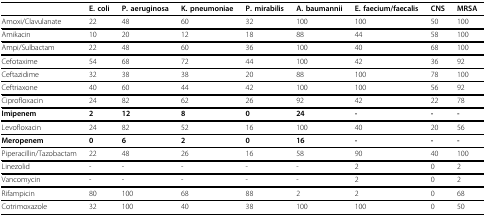
<table><thead><tr><td></td><td><b>E. coli</b></td><td><b>P. aeruginosa</b></td><td><b>K. pneumoniae</b></td><td><b>P. mirabilis</b></td><td><b>A. baumannii</b></td><td><b>E. faecium/faecalis</b></td><td><b>CNS</b></td><td><b>MRSA</b></td></tr></thead><tbody><tr><td>Amoxi/Clavulanate</td><td>22</td><td>48</td><td>60</td><td>32</td><td>100</td><td>100</td><td>50</td><td>100</td></tr><tr><td>Amikacin</td><td>10</td><td>20</td><td>12</td><td>18</td><td>88</td><td>44</td><td>58</td><td>100</td></tr><tr><td>Ampi/Sulbactam</td><td>22</td><td>48</td><td>60</td><td>36</td><td>100</td><td>40</td><td>68</td><td>100</td></tr><tr><td>Cefotaxime</td><td>54</td><td>68</td><td>72</td><td>44</td><td>100</td><td>42</td><td>36</td><td>92</td></tr><tr><td>Ceftazidime</td><td>32</td><td>38</td><td>38</td><td>20</td><td>88</td><td>100</td><td>78</td><td>100</td></tr><tr><td>Ceftriaxone</td><td>40</td><td>60</td><td>44</td><td>42</td><td>100</td><td>100</td><td>56</td><td>92</td></tr><tr><td>Ciprofloxacin</td><td>24</td><td>82</td><td>62</td><td>26</td><td>92</td><td>42</td><td>22</td><td>78</td></tr><tr><td><b>Imipenem</b></td><td><b>2</b></td><td><b>12</b></td><td><b>8</b></td><td><b>0</b></td><td><b>24</b></td><td><b>-</b></td><td><b>-</b></td><td><b>-</b></td></tr><tr><td>Levofloxacin</td><td>24</td><td>82</td><td>52</td><td>16</td><td>100</td><td>40</td><td>20</td><td>56</td></tr><tr><td><b>Meropenem</b></td><td><b>0</b></td><td><b>6</b></td><td><b>2</b></td><td><b>0</b></td><td><b>16</b></td><td><b>-</b></td><td><b>-</b></td><td><b>-</b></td></tr><tr><td>Piperacillin/Tazobactam</td><td>22</td><td>48</td><td>26</td><td>16</td><td>58</td><td>90</td><td>40</td><td>100</td></tr><tr><td>Linezolid</td><td>-</td><td>-</td><td>-</td><td>-</td><td>-</td><td>2</td><td>0</td><td>2</td></tr><tr><td>Vancomycin</td><td>-</td><td>-</td><td>-</td><td>-</td><td>-</td><td>2</td><td>0</td><td>2</td></tr><tr><td>Rifampicin</td><td>80</td><td>100</td><td>68</td><td>88</td><td>2</td><td>2</td><td>0</td><td>68</td></tr><tr><td>Cotrimoxazole</td><td>32</td><td>100</td><td>40</td><td>38</td><td>100</td><td>100</td><td>0</td><td>50</td></tr></tbody></table>